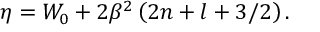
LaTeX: \eta = W _ { 0 } + 2 \beta ^ { 2 } \left( 2 n + l + 3 / 2 \right) .